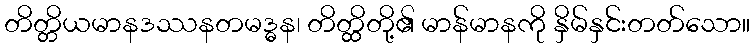
တိတ္တိယမာနဒဿနတမဒ္ဓန၊ တိတ္ထိတို့၏ မာန်မာနကို နှိမ်နှင်းတတ်သော။